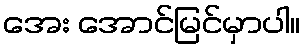
အေး အောင်မြင်မှာပါ။